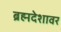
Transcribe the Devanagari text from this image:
ब्रह्मदेशावर